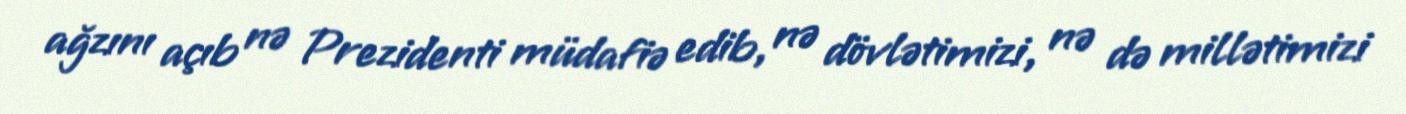
ağzını açıb nə Prezidenti müdafiə edib, nə dövlətimizi, nə də millətimizi